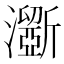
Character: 𤃮